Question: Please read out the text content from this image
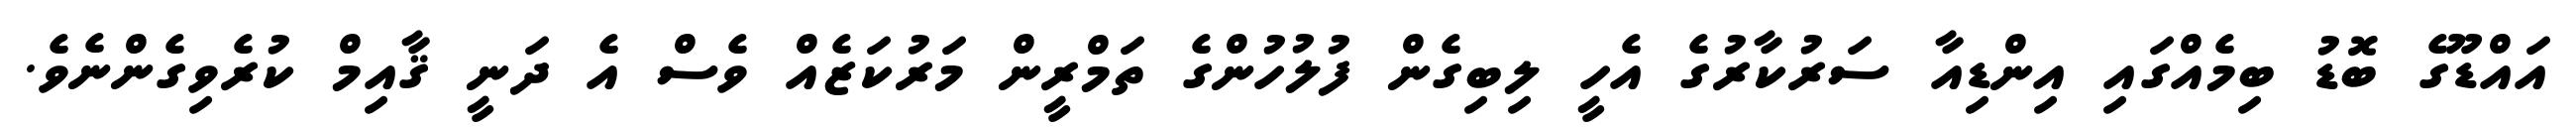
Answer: އައްޑޫގެ ބޮޑު ބިމެއްގައި އިންޑިއާ ސަރުކާރުގެ އެހީ ލިބިގެން ފުލުހުންގެ ތަމްރީން މަރުކަޒެއް ވެސް އެ ދަނީ ޤާއިމް ކުރެވިގެންނެވެ.